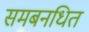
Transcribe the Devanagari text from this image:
समबनधित